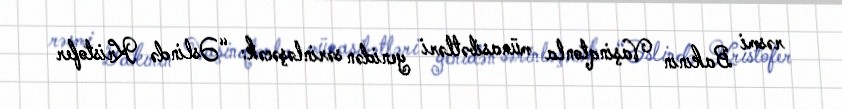
rəsmi Bakının Vaşinqtonla münasibətləri yenidən sərinləşəcək: “Əslində Kristofer